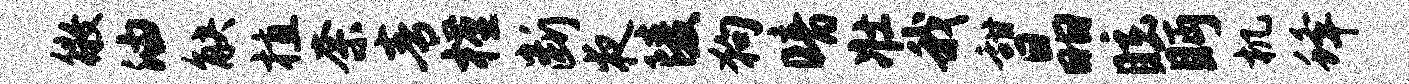
徵油觖植奈青槿断夜陵狗暗壮我甜晶眩眄机蜂